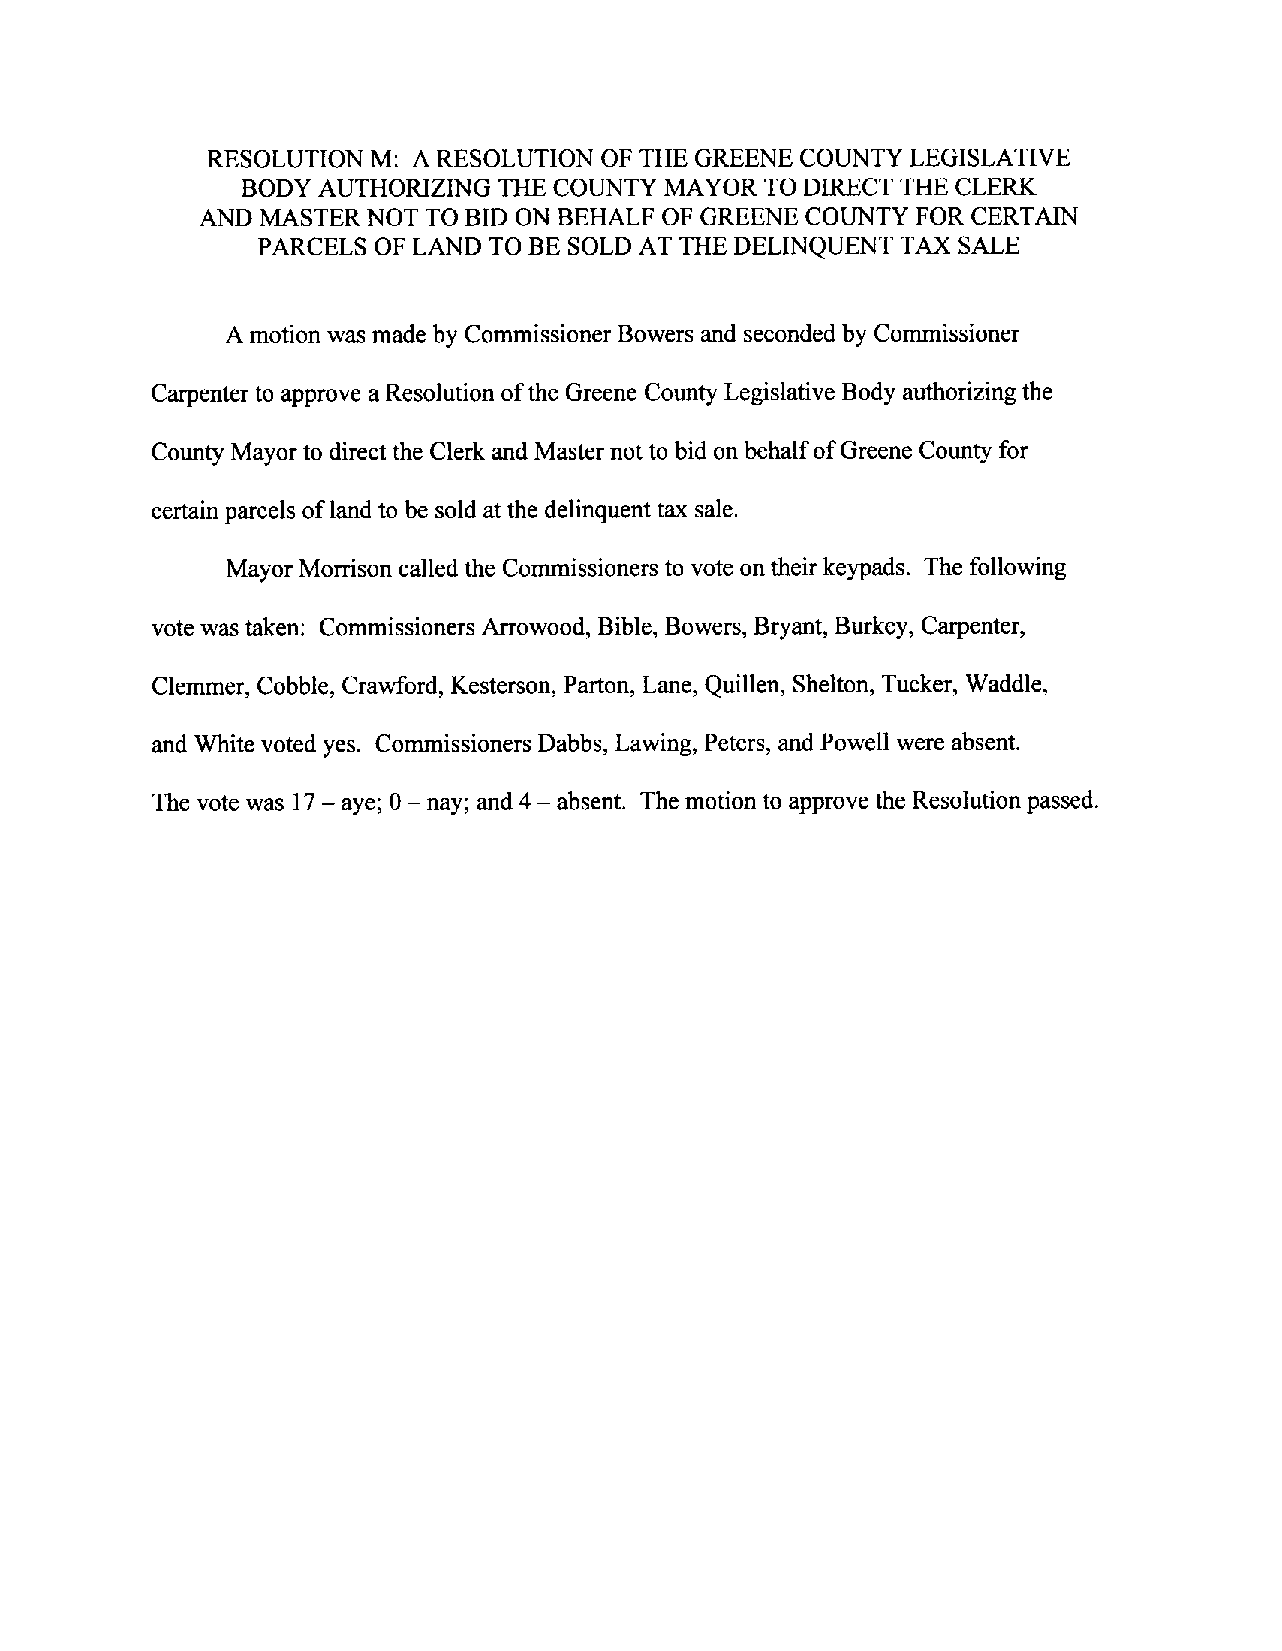
RESOLUTION M: A RESOLUTION OF THEGREENE COUNTY LEGISLATIVE
 BODY AUTHORIZING THE COUNTY MAYOR TO DIRECT THE CLERK
 ANDMASTER  NOT TO BID ON BEHALF OF GREENE COUNTY FORCERTAIN
 PARCELS OF LANDTO BE SOLD AT THE DELINQUENT TAXSALE
 A motion wasmade by CommissionerBowers and seconded by Commissioner
 Carpenterto approve a Resolution ofthe Greene County Legislative Body authorizingthe
 County Mayorto directthe Clerk andMasternot to bidon behalfofGreene County for
 certain parcels oflandto be sold atthe delinquenttax sale.
 Mayor Morrisoncalled the Commissioners to vote ontheirkeypads. The following
 votewas taken: Commissioners Arrowood, Bible, Bowers,Bryant, Burkey, Carpenter,
 Clemmer, Cobble, Crawford, Kesterson, Parton, Lane, Quillen, Shelton, Tucker, Waddle,
 and White voted yes. Commissioners Dabbs, Lawing, Peters, and Powell were absent.
 The vote was 17 aye; 0 nay; and 4 absent. The motion to approve theResolutionpassed.
 —     —        —